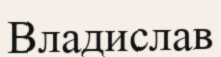
Владислав